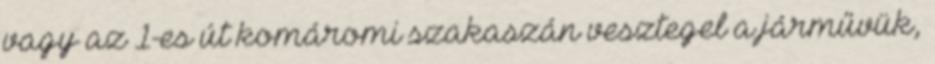
vagy az 1-es út komáromi szakaszán vesztegel a járművük,